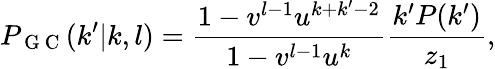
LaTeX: P_{\mathrm{~G~C~}}(k^{\prime}|k,l)=\frac{1-v^{l-1}u^{k+k^{\prime}-2}}{1-v^{l-1}u^{k}}\frac{k^{\prime}P(k^{\prime})}{z_{1}},